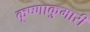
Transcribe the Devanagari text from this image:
कृष्णाकुमारी